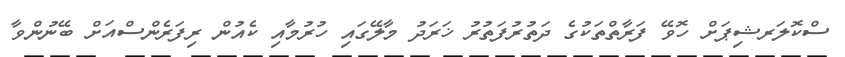
ސްކޮލަރޝިޕަށް ހޮވޭ ފަރާތްތަކުގެ ދަތުރުފަތުރު ޚަރަދު މާލޭގައި ހުރުމާއި ކެއުން ރިފަރެންސްއަށް ބޭނުންވާ